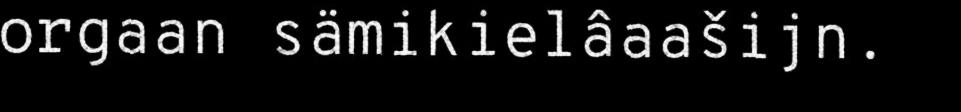
orgaan sämikielâaašijn.